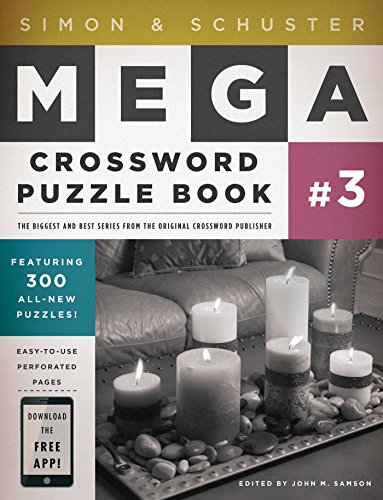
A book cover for Simon & Schuster Mega Crossword Puzzle Book #3 (Simon & Schuster Mega Crossword Puzzle Books); Humor & Entertainment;